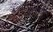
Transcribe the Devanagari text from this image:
प्रतारणु